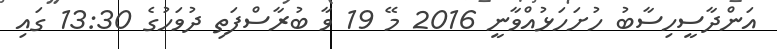
އަންދާސީހިސާބު ހުށަހަޅުއްވާނީ 2016 މޭ 19 ވާ ބުރާސްފަތި ދުވަހުގެ 13:30 ގައި